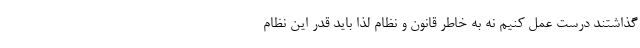
گذاشتند درست عمل کنیم نه به خاطر قانون و نظام لذا باید قدر این نظام